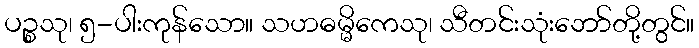
ပဉ္စသု၊ ၅-ပါးကုန်သော။ သဟဓမ္မိကေသု၊ သီတင်းသုံးဘော်တို့တွင်။